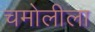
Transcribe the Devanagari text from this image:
चमोलीला